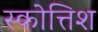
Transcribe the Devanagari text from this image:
स्कोत्तिश